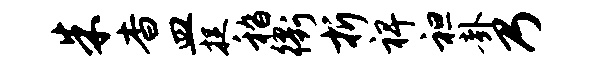
朱杳皿捉嵇衢折裨袒卦乃